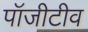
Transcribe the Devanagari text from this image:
पॉजीटीव